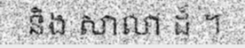
និង សាលា ដ៏ ។